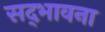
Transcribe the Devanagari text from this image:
सद्‌भावना